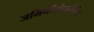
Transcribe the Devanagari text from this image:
जमिनीसंदर्भातील